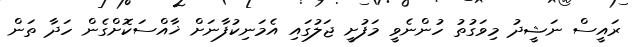
ރައީސް ނަޝީދު މިވަގުތު ހުންނެވީ މަފުށީ ޖަލުގައި އެމަނިކުފާނަށް ޚާއްސަކޮށްގެން ހަދާ ތަން